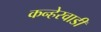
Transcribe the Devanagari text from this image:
कन्हेरवाडी